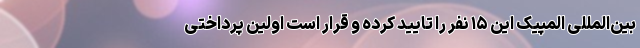
بین‌المللی المپیک این ۱۵ نفر را تایید کرده و قرار است اولین پرداختی